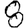
Digit: 8